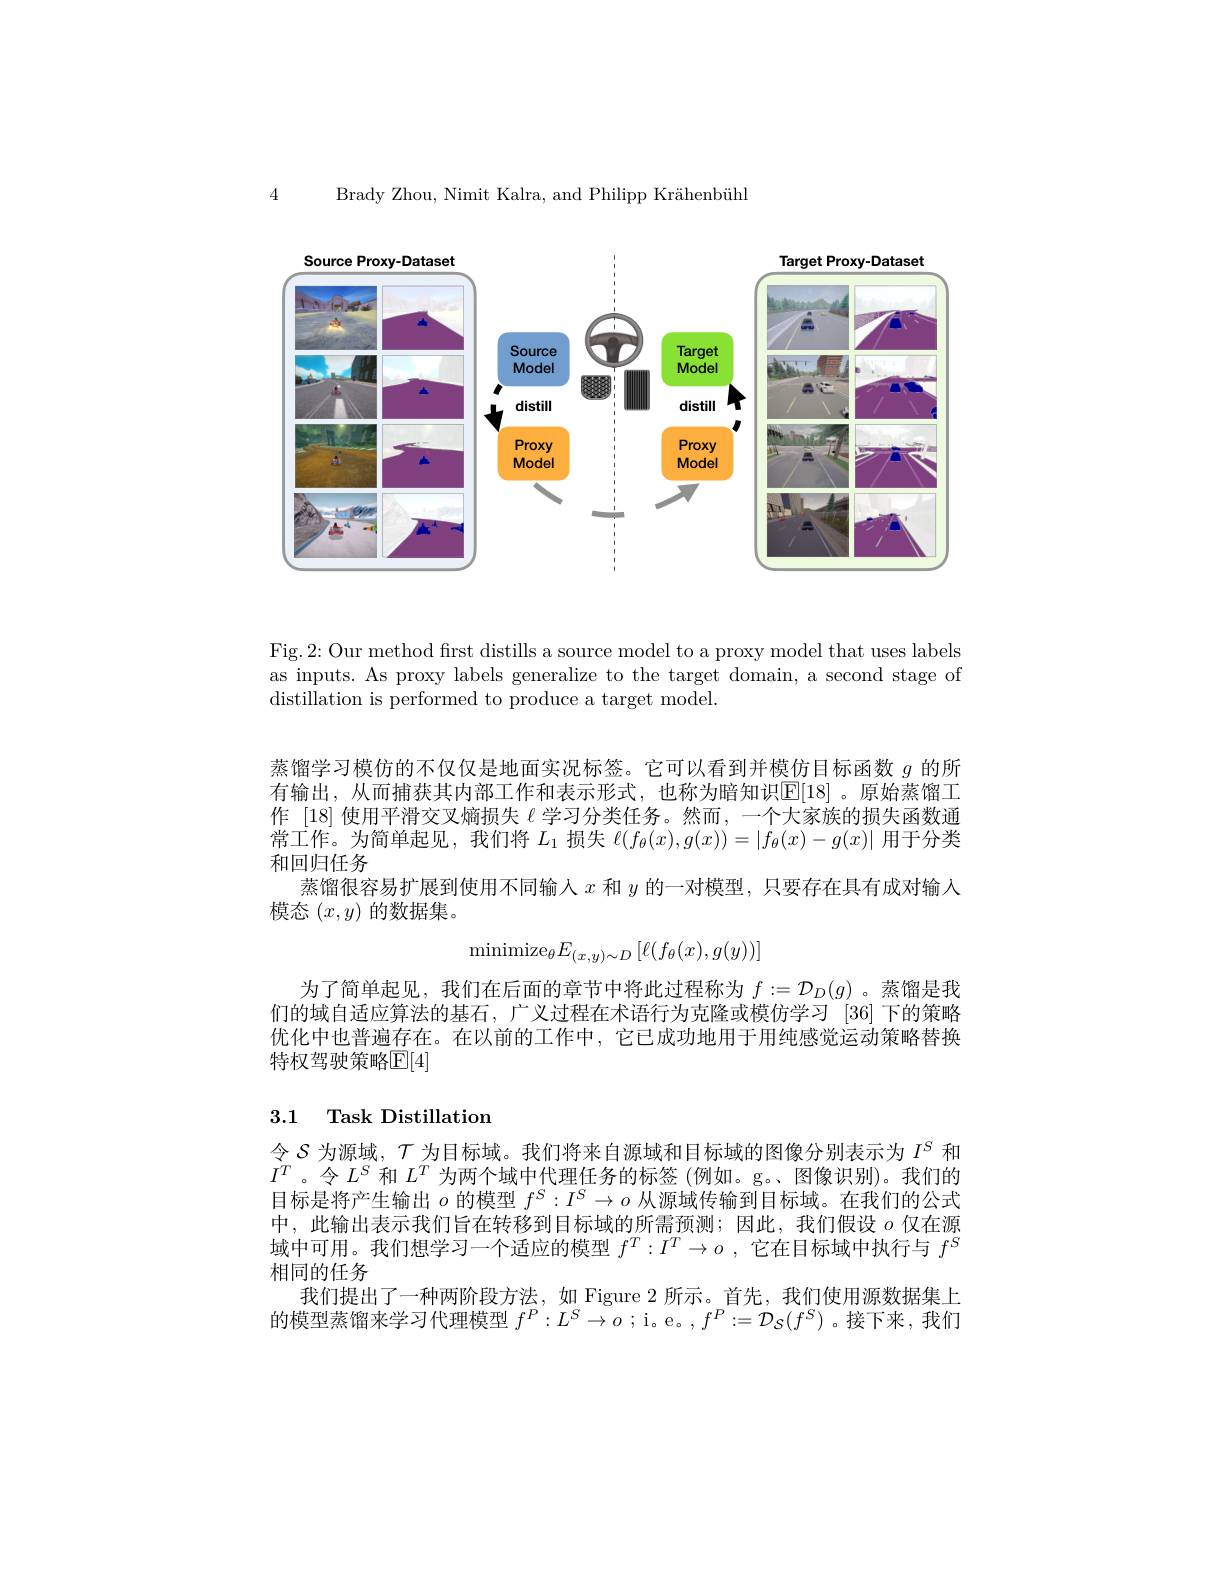
Brady Zhou, Nimit Kalra, and Philipp Krähenbühl

4

<FigureHere>

Fig.2: Our method first distills a source model to a proxy model that uses labels as inputs. As proxy labels generalize to the target domain, a second stage of distillation is performed to produce a target model.

蒸馏学习模仿的不仅仅是地面实况标签。它可以看到并模仿目标函数$g$的所有输出，从而捕获其内部工作和表示形式，也称为暗知识$\mathbb{E}[18]$。原始蒸馏工作 [18]使用平滑交叉熵损失$\ell$学习分类任务。然而，一个大家族的损失函数通常工作。为简单起见，我们将$L_1$损失$\ell(f_\theta(x),g(x))=|f_\theta(x)-g(x)|$用于分类和回归任务
蒸馏很容易扩展到使用不同输入$x$和$y$的一对模型，只要存在具有成对输入
模态$(x,y)$的数据集。
$$\mathrm{minimize}_\theta E_{(x,y)\sim D}\left[\ell(f_\theta(x),g(y))\right]$$
为了简单起见，我们在后面的章节中将此过程称为$f:=\mathcal{D}_D(g)$ 。蒸馏是我们的域自适应算法的基石，广义过程在术语行为克隆或模仿学习[36]下的策略优化中也普遍存在。在以前的工作中，它已成功地用于用纯感觉运动策略替换特权驾驶策略$\mathbb{E}[4]$

## 3.1 Task Distillation

令$\mathcal{S}$ 为源域，$\mathcal{T}$为目标域。我们将来自源域和目标域的图像分别表示为 $I^\mathrm{S}$ 和$I^T$。令$L^S$和$L^T$为两个域中代理任务的标签(例如。g。图像识别)。我们的目标是将产生输出$o$的模型$f^S:I^S\to o$从源域传输到目标域。在我们的公式中，此输出表示我们旨在转移到目标域的所需预测；因此，我们假设$o$仅在源域中可用。我们想学习一个适应的模型$f^T: I^T\to o$ , 它在目标域中执行与$f^S$ 相同的任务
我们提出了一种两阶段方法，如 Figure 2 所示。首先，我们使用源数据集上的模型蒸馏来学习代理模型$f^P:L^S\to o$ ; i。e。$,f^P:=\mathcal{D}_\mathcal{S}(f^S)$ 。接下来，我们